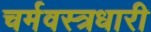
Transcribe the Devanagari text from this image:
चर्मवस्त्रधारी